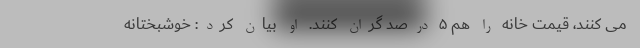
می کنند، قیمت خانه را هم ۵ درصد گران کنند. او بیان کرد: خوشبختانه